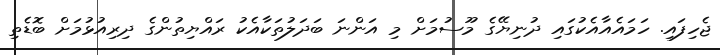
ޖެހިފައި. ހަމައެއާއެކުގައި ދުނިޔޭގެ މޫސުމަށް މި އަންނަ ބަދަލުތަކާއެކު ރައްޔިތުންގެ ދިރިއުޅުމަށް ބޮޑެތި